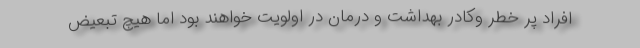
افراد پر خطر وکادر بهداشت و درمان در اولویت خواهند بود اما هیچ تبعیض